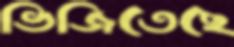
ভিজিতেছে